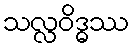
သလ္လဝိဒ္ဓဿ